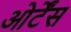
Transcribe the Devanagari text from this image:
ओर्टेंस